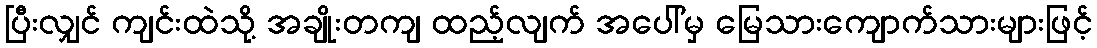
ပြီးလျှင် ကျင်းထဲသို့ အချိုးတကျ ထည့်လျက် အပေါ်မှ မြေသားကျောက်သားများဖြင့်